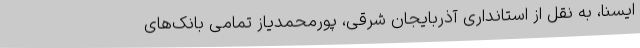
ایسنا، به نقل از استانداری آذربایجان شرقی، پورمحمدیاز تمامی بانک‌های